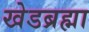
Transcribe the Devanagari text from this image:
खेडब्रह्मा